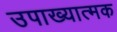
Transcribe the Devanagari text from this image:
उपाख्यात्मक